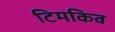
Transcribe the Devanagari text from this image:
टिमकिव